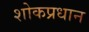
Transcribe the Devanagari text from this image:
शोकप्रधान